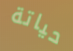
حياتة